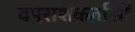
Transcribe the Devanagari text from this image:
वपराशकर्ताओं